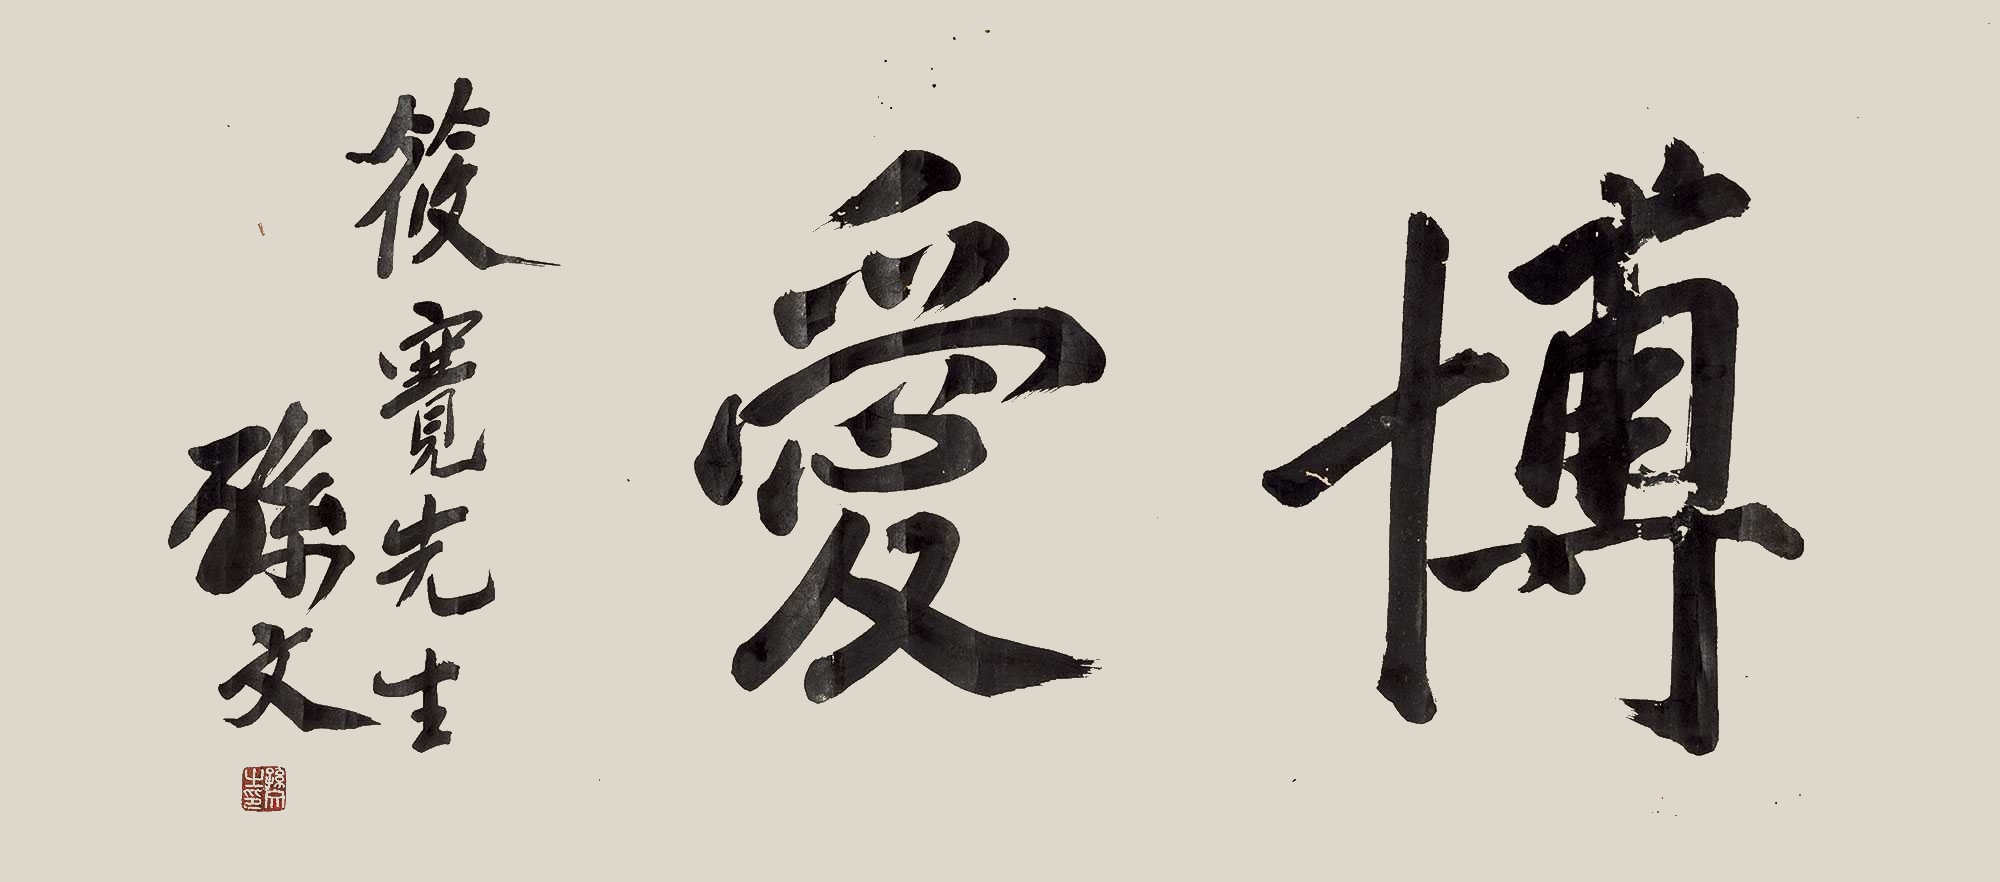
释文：博爱筱宽先生，孙文。